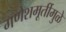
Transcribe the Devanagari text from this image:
गणेशमूर्तीमुळे